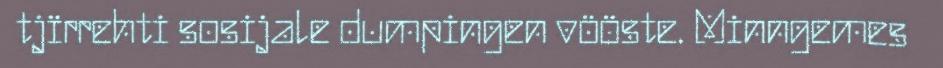
tjïrrehti sosijale dumpingen vööste. Minngemes